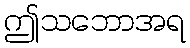
ဤသဘောအရ